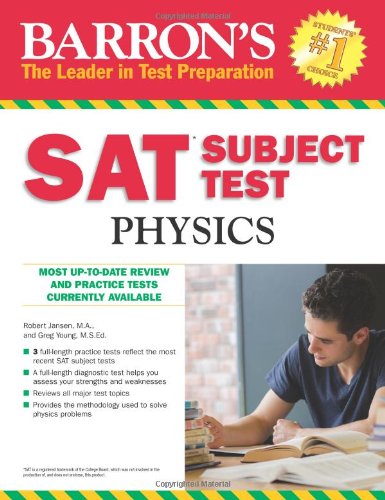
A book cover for Barron's SAT Subject Test Physics; Robert Jansen; Test Preparation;